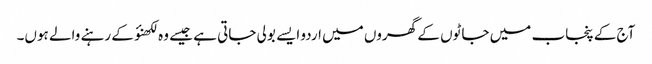
آج کے پنجاب میں جاٹوں کے گھروں میں اردو ایسے بولی جاتی ہے جیسے وہ لکھنؤ کے رہنے والے ہوں۔